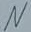
Text: N